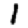
Digit: 1